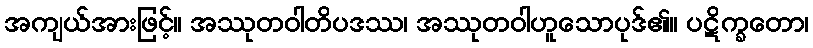
အကျယ်အားဖြင့်။ အဿုတဝါတိပဒဿ၊ အဿုတဝါဟူသောပုဒ်၏။ ပဋိက္ခတော၊